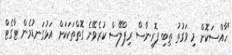
"ހާއްސަކޮށް މި ވަގުތު ތިބި ފޮރިނާސް ރިޕްލޭސް ކުރެވޭނެ ގޮތްތަކަކަށް އަޅުގަނޑުމެން ޓާގެޓް